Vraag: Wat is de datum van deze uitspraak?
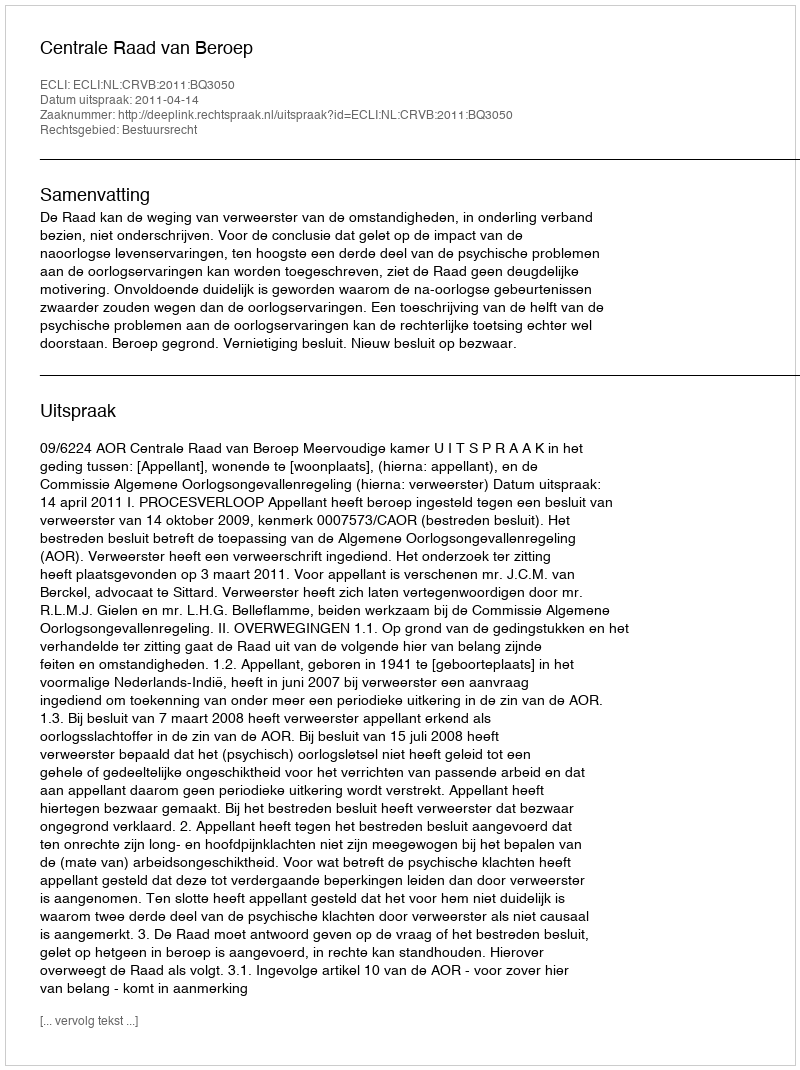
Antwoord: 2011-04-14